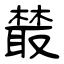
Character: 樷